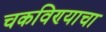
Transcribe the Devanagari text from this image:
चकविण्याचा